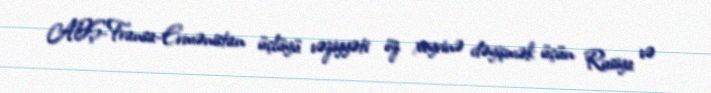
ABŞ-Fransa-Ermənistan üçlüyü vəziyyəti öz xeyrinə dəyişmək üçün Rusiya və